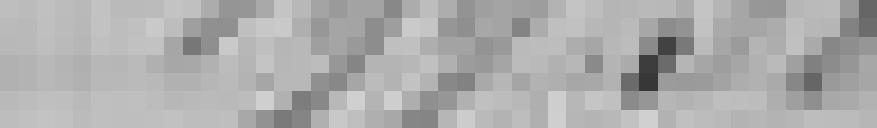
199,30